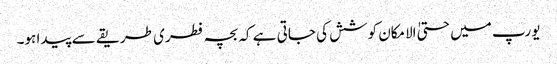
یورپ میں حتیٰ الامکان کوشش کی جاتی ہے کہ بچہ فطری طریقے سے پیدا ہو۔